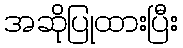
အဆိုပြုထားပြီး